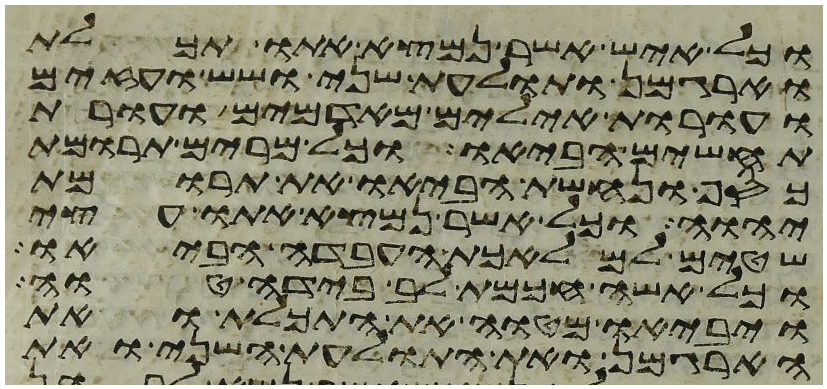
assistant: וכל איש אשר נמצא אתו תכלת
וארגמן ותולעת שני ושש ועזים
ועורות אילים מאדמים ועורות
תחשים הביאו וכל מרים תרומת
כסף ונחשת הביאו את תרומת
יהוה וכל אשר נמצא אתו עצי
שטים למלאכת העבדה הביאו
וכל אשה חכמת לב בידה טוה
ויביאו מטוה את התכלת ואת
הארגמן ואת התולעת השני ואת